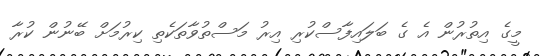
މީގެ އިތުރުން އެ ގެ ބަލައިފާސްކުރި އިރު މަސްތުވާތަކެތި ކިރުމަށް ބޭނުން ކުރާ